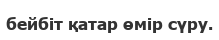
бейбіт қатар өмір сүру.